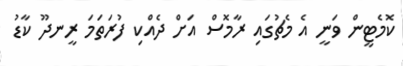
ކޮމެޓީން ވަނީ އެ މެޗުގައި ރާމޮސް އަށް ދެއްކި ފުރަތަމަ ރީނދޫ ކާޑު